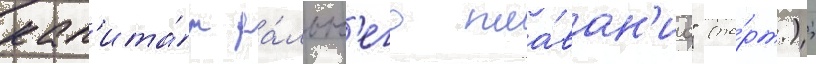
кап'ита́н да́льн'его пла́ван'иа" (по́рт.);